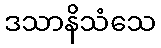
ဒသာနိသံသေ